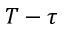
T - \tau